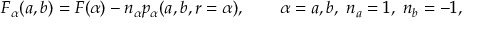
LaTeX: F _ { \alpha } ( a , b ) = F ( \alpha ) - n _ { \alpha } p _ { \alpha } ( a , b , r = \alpha ) , \qquad \alpha = a , b , \; n _ { a } = 1 , \; n _ { b } = - 1 ,